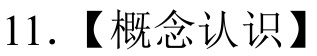
11. 【概念认识】